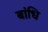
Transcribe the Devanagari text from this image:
बांधि